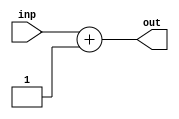
`timescale 1ns / 1ps
module adder( input [31:0] inp , output wire [31:0] out
    );

        assign out = inp + 1  ;

endmodule